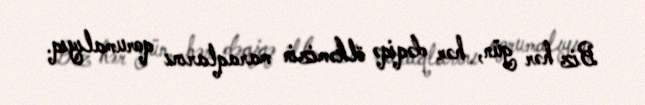
Biz hər gün, hər dəqiqə ölkəmizin maraqlarını qorumalıyıq.